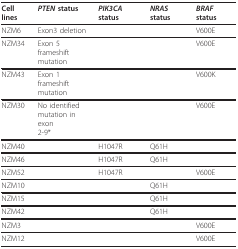
<table><thead><tr><td><b>Cell lines</b></td><td><b><i>PTEN </i>status</b></td><td><b><i>PIK3CA </i>status</b></td><td><b><i>NRAS </i>status</b></td><td><b><i>BRAF </i>status</b></td></tr></thead><tbody><tr><td>NZM6</td><td>Exon3 deletion</td><td></td><td></td><td>V600E</td></tr><tr><td>NZM34</td><td>Exon 5 frameshiftmutation</td><td></td><td></td><td>V600E</td></tr><tr><td>NZM43</td><td>Exon 1 frameshiftmutation</td><td></td><td></td><td>V600K</td></tr><tr><td>NZM30</td><td>No identifiedmutation in exon2-9*</td><td></td><td></td><td>V600E</td></tr><tr><td>NZM40</td><td></td><td>H1047R</td><td>Q61H</td><td></td></tr><tr><td>NZM46</td><td></td><td>H1047R</td><td>Q61H</td><td></td></tr><tr><td>NZM52</td><td></td><td>H1047R</td><td></td><td>V600E</td></tr><tr><td>NZM10</td><td></td><td></td><td>Q61H</td><td></td></tr><tr><td>NZM15</td><td></td><td></td><td>Q61H</td><td></td></tr><tr><td>NZM42</td><td></td><td></td><td>Q61H</td><td></td></tr><tr><td>NZM3</td><td></td><td></td><td></td><td>V600E</td></tr><tr><td>NZM12</td><td></td><td></td><td></td><td>V600E</td></tr></tbody></table>